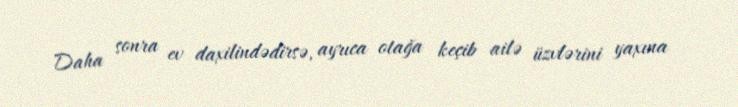
Daha sonra ev daxilindədirsə, ayrıca otağa keçib ailə üzvlərini yaxına